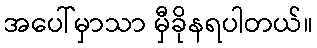
အပေါ်မှာသာ မှီခိုနရပါတယ်။